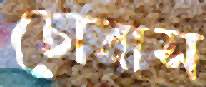
চোবাস